Report of the Municipal Commissioner on the plague in Bombay for the year ending 31st May... - Volume 3
Disease focus: Plague
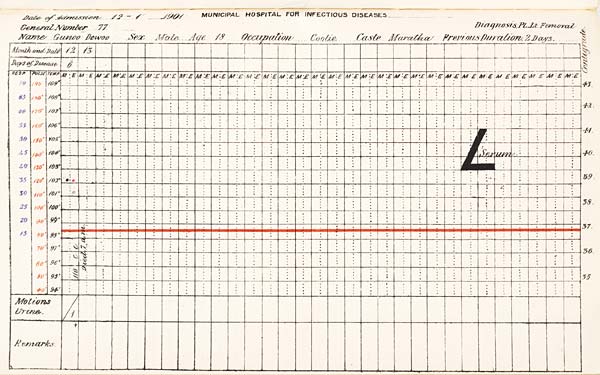
Date of Admission 1901. MUNICIPAL HOSPITAL FOR INFECTIOUS DISEASES.
General Number Diagnosis,
Name Sex Age Occupation Caste Previous Duration,